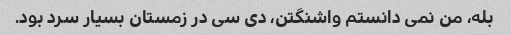
بله، من نمی دانستم واشنگتن، دی سی در زمستان بسیار سرد بود.